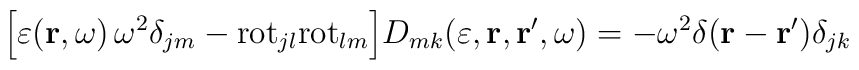
\Bigl[ \varepsilon ({\bf r} , \omega ) \, \omega^2 \delta_{j m} -{\rm  rot}_{j l}{\rm rot}_{l m} \Bigr] D_{m k}(\varepsilon, {\bf r},{\bf r}^\prime, \omega) = - \omega^2 \delta ({\bf r} - {\bf r}^\prime) \delta_{j k}